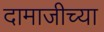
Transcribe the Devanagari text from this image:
दामाजीच्या